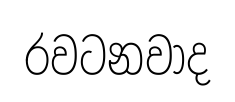
රවටනවාද